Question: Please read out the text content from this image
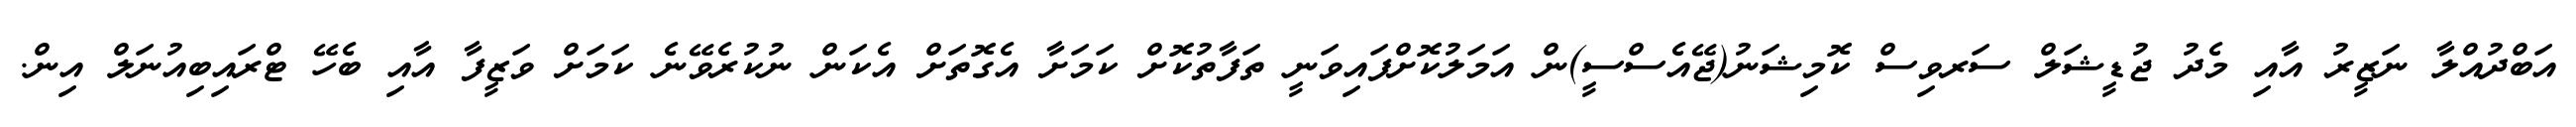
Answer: އަބްދުއްލާ ނަޒީރު އާއި މެދު ޖުޑީޝަލް ސަރވިސް ކޮމިޝަނު(ޖޭއެސްސީ)ން އަމަލުކޮށްފައިވަނީ ތަފާތުކޮށް ކަމަށާ އެގޮތަށް އެކަން ނުކުރެވޭނެ ކަމަށް ވަޒީފާ އާއި ބެހޭ ޓްރައިބިއުނަލް އިން.